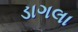
ડાગલા